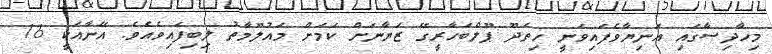
މިހާދިސާގައި އަނިޔާވެފައިވަނީ ހިތަދޫ ޕޫލްބަހާރީގޭ ޒަޔާނަށް ކަމަށް މައުލޫމާތު ލިބިފައިވެއެވެ. އޭނާއަކީ 16